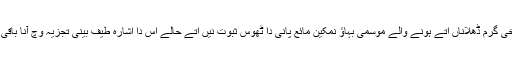
مریخی گرم ڈھلاناں اُتے ہونے والے موسمی بہاؤ نمکین مائع پانی دا ٹھوس ثبوت نيں اُتے حالے اس دا اشارہ طیف بینی تجزیہ وچ آنا باقی ا‏‏ے۔